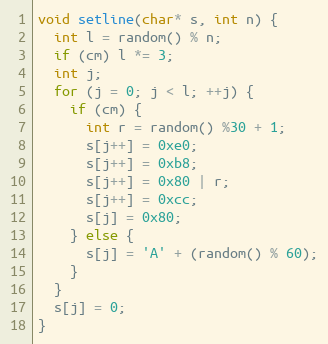
Language: C++
void setline(char* s, int n) {
  int l = random() % n;
  if (cm) l *= 3;
  int j;
  for (j = 0; j < l; ++j) {
    if (cm) {
      int r = random() %30 + 1;
      s[j++] = 0xe0;
      s[j++] = 0xb8;
      s[j++] = 0x80 | r;
      s[j++] = 0xcc;
      s[j] = 0x80;
    } else {
      s[j] = 'A' + (random() % 60);
    }
  }
  s[j] = 0;
}